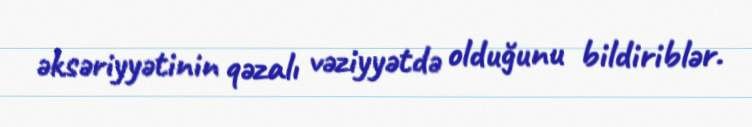
əksəriyyətinin qəzalı vəziyyətdə olduğunu bildiriblər.